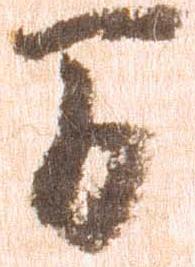
間